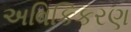
અવિકિકરણ